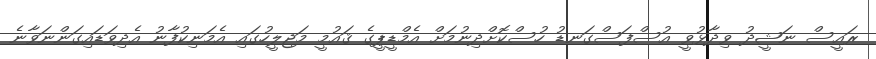
ރައީސް ނަޝީދު ވިދާޅުވީ އުސްފަސްގަނޑު ހުސްކޮށްދިނުމަށް އެމްޑީޕީގެ ޤައުމީ މަޖިލީހުގައި އެމަނިކުފާނު އެދިވަޑައިގަންނަވާނެ